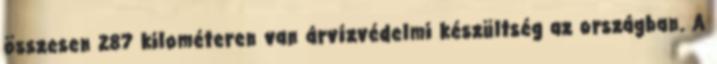
összesen 287 kilométeren van árvízvédelmi készültség az országban. A